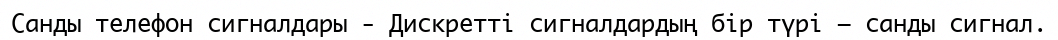
Санды телефон сигналдары - Дискретті сигналдардың бір түрі — санды сигнал.